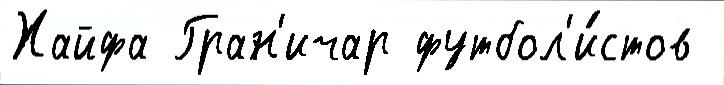
Хайфа Гран'ичар футбол'и́стов